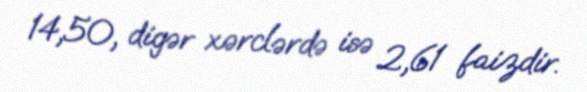
14,50, digər xərclərdə isə 2,61 faizdir.